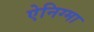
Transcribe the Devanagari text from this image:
ऐनिग्मा